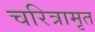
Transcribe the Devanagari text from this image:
चरित्रामृत